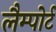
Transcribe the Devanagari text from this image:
लैम्पोर्ट